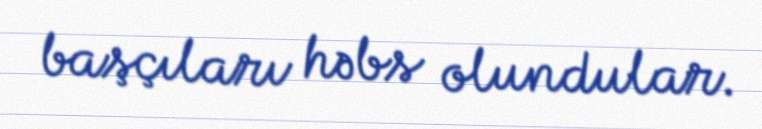
başçıları həbs olundular.